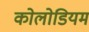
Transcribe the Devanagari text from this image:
कोलोडियम